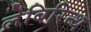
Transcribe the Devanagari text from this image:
लेबिरिन्थ